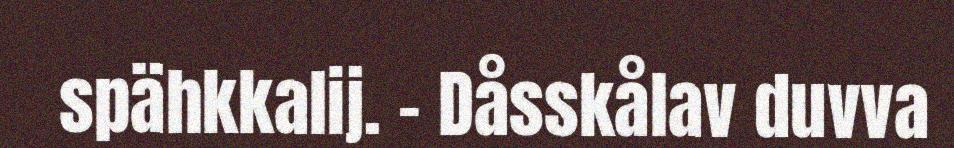
spähkkalij. – Dåsskålav duvva